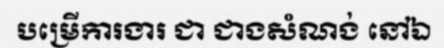
បម្រើការងារ ជា ជាងសំណង់ នៅឯ